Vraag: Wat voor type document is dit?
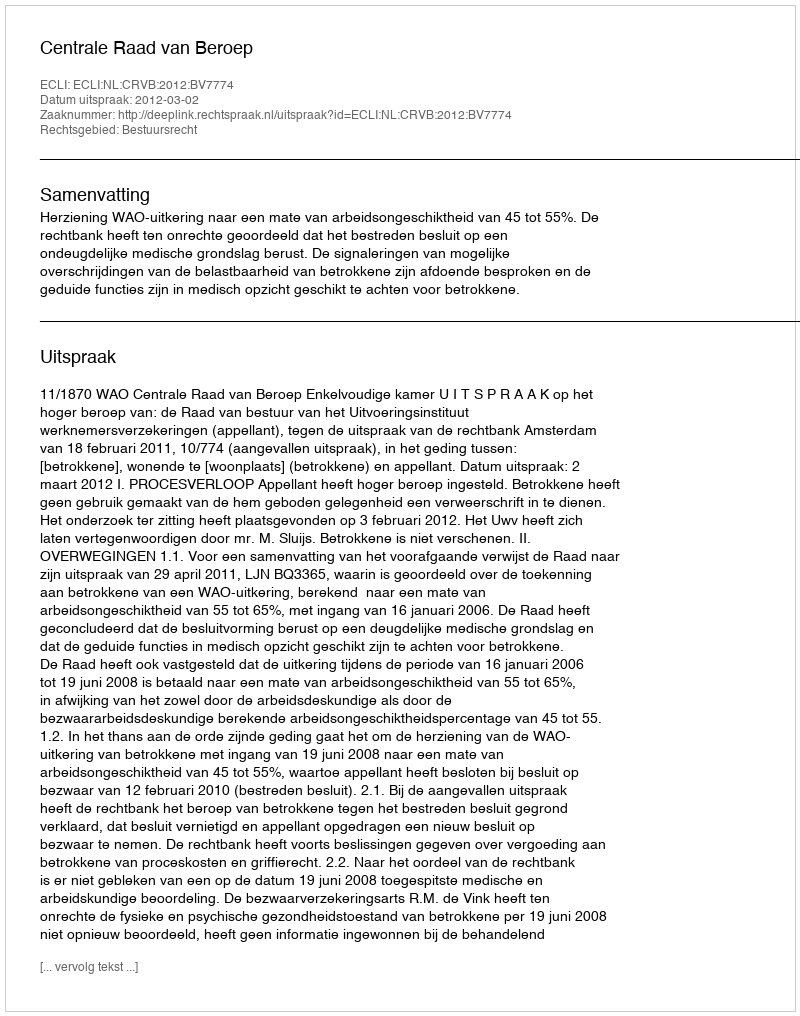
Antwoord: Uitspraak